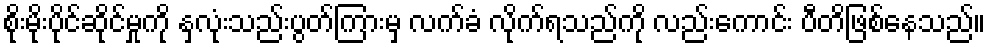
စိုးမိုးပိုင်ဆိုင်မှုကို နှလုံးသည်းပွတ်ကြားမှ လက်ခံ လိုက်ရသည်ကို လည်းကောင်း ပီတိဖြစ်နေသည်။